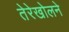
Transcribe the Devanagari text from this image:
तेरेखोलने